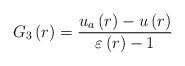
LaTeX: \begin{align*}G_{3}\left(r\right)=\frac{u_{a}\left(r\right)-u\left(r\right)}{\varepsilon\left(r\right)-1}\end{align*}